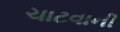
ચાટવાની